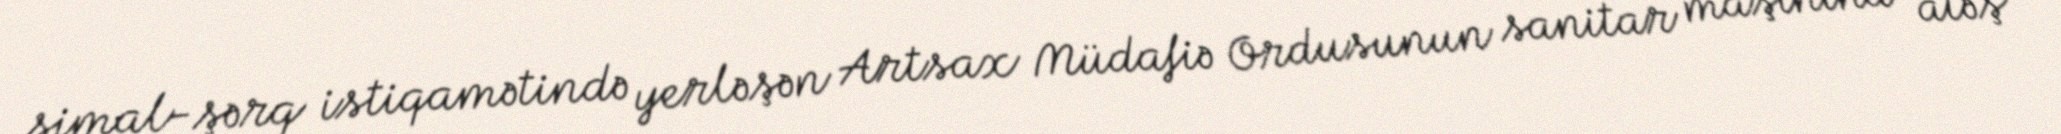
şimal-şərq istiqamətində yerləşən Artsax Müdafiə Ordusunun sanitar maşınına atəş